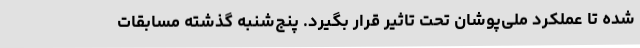
شده تا عملکرد ملی‌پوشان تحت تاثیر قرار بگیرد. پنج‌شنبه گذشته مسابقات